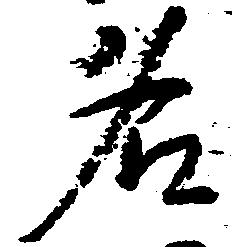
名